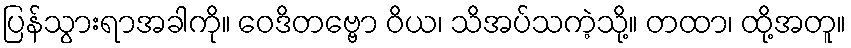
ပြန်သွားရာအခါကို။ ဝေဒိတဗ္ဗော ဝိယ၊ သိအပ်သကဲ့သို့။ တထာ၊ ထို့အတူ။